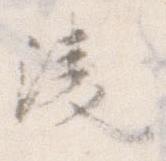
凌